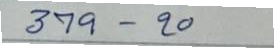
379 - 20